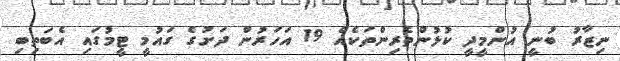
ނިޒާރު ބުނީ އުންމީދީ ކުޅުންތެރިންތަކެއް 19 އަހަރުން ދަށުގެ ގައުމީ ޓީމުގައި އެބަތިބި